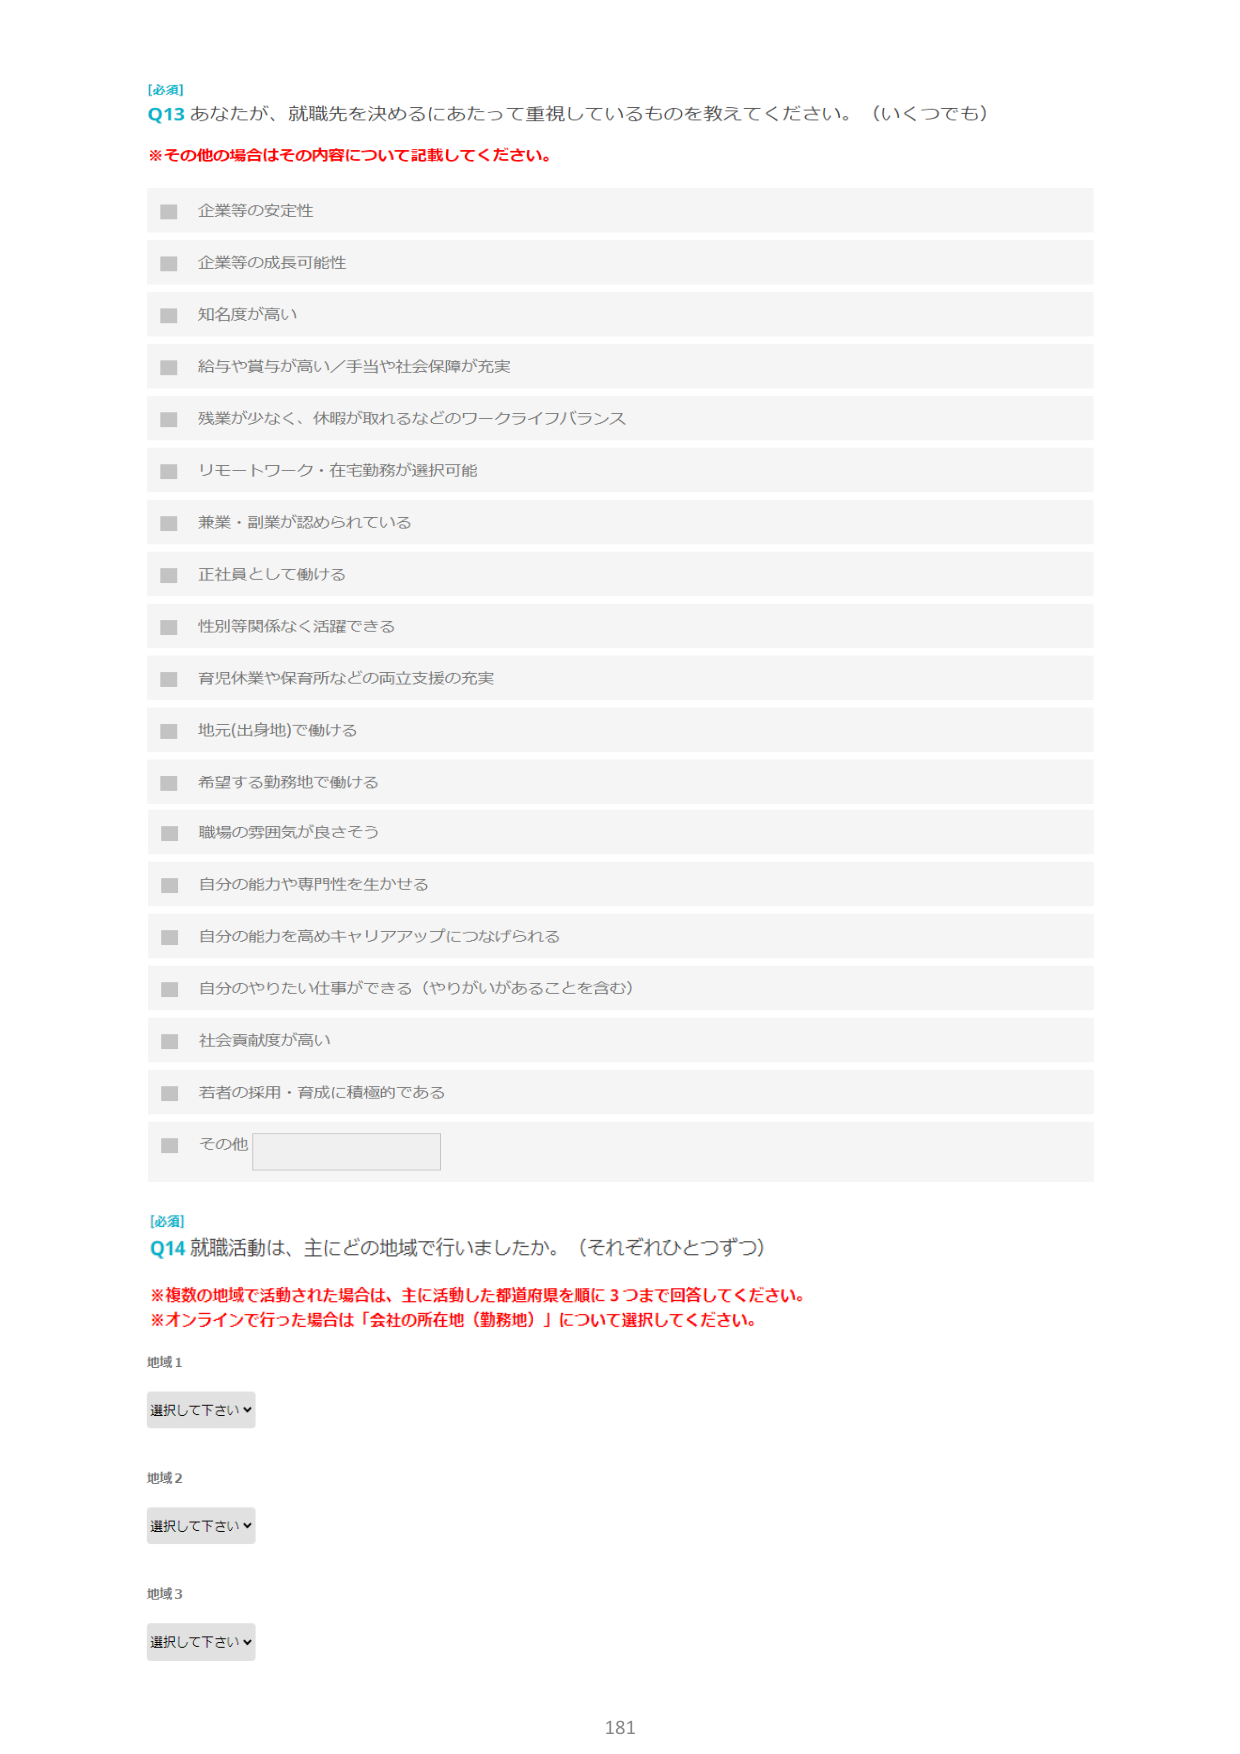
[必須]
Q13 あなたが、就職先を決めるにあたって重視しているものを教えてください。（いくつでも）
※その他の場合はその内容について記載してください。

■ 企業等の安定性
■ 企業等の成長可能性
■ 知名度が高い
■ 給与や賞与が高い／手当や社会保障が充実
■ 残業が少なく、休暇が取れるなどのワークライフバランス
■ リモートワーク・在宅勤務が選択可能
■ 兼業・副業が認められている
■ 正社員として働ける
■ 性別等関係なく活躍できる
■ 育児休業や保育所などの両立支援の充実
■ 地元(出身地)で働ける
■ 希望する勤務地で働ける
■ 職場の雰囲気が良さそう
■ 自分の能力や専門性を生かせる
■ 自分の能力を高めキャリアアップにつなげられる
■ 自分のやりたい仕事ができる（やりがいがあることを含む）
■ 社会貢献度が高い
■ 若者の採用・育成に積極的である
■ その他

[必須]
Q14 就職活動は、主にどの地域で行いましたか。（それぞれひとつずつ）
※複数の地域で活動された場合は、主に活動した都道府県を順に3つまで回答してください。
※オンラインで行った場合は「会社の所在地（勤務地）」について選択してください。

地域1
選択して下さい▼

地域2
選択して下さい▼

地域3
選択して下さい▼

181